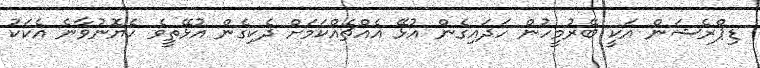
ޑިޕްރެޝަން އަކީ ބޭރުމީހުން ހަދައިގެން އުޅޭ އެއްޗެއްކަމަށް ދެކިގެން އުޅޭތީވެ ހެޔޮނުވާނެ އެކަކު